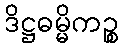
ဒိဋ္ဌဓမ္မိကဉ္စ